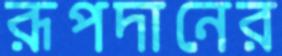
রূপদানের